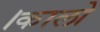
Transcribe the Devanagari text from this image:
।कालो